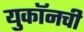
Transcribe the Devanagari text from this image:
युकॉनची